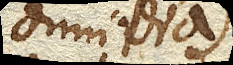
dimidia